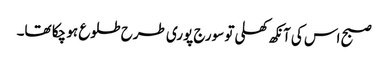
صبح اس کی آنکھ کھلی تو سورج پوری طرح طلوع ہو چکا تھا۔